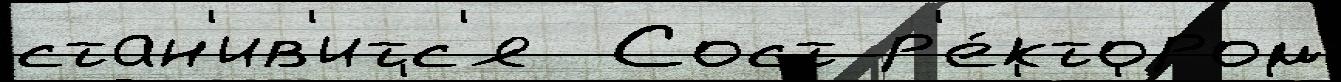
стан'ив'итс'я  Сост р'е́ктором